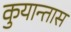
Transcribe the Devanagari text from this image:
कुयान्तास